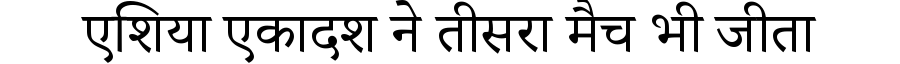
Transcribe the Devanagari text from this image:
एशिया एकादश ने तीसरा मैच भी जीता